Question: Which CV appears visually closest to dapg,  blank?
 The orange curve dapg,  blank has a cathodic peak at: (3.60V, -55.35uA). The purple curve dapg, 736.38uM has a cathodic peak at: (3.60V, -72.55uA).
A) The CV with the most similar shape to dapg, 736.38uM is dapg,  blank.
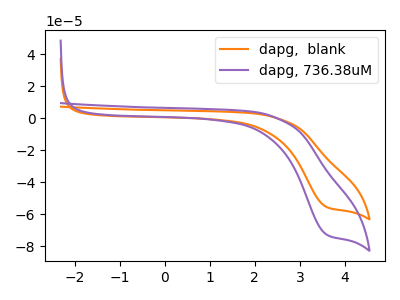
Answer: <think>All the peaks in "dapg,  blank" have a peak in "dapg, 736.38uM" at the same potential. Every peak in "dapg,  blank" is lower than every peak in "dapg, 736.38uM".
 </think>
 <answer>A) The CV with the most similar shape to "dapg, 736.38uM" is "dapg,  blank".</answer>
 <eval>A</eval>